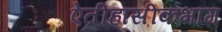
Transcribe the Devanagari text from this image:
ऐतीहासीकभाग